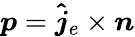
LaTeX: \boldsymbol{p}=\boldsymbol{\hat{j}}_{e}\times\boldsymbol{n}